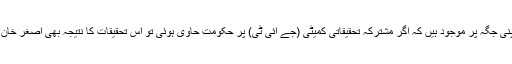
اس لیے یہ خدشات اپنی جگہ پر موجود ہیں کہ اگر مشترکہ تحقیقاتی کمیٹی (جے آئی ٹی) پر حکومت حاوی ہوئی تو اس تحقیقات کا نتیجہ بھی اصغر خان کیس جیسا نہ نکلے۔